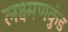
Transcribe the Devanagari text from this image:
लक्ष्मणकुंड